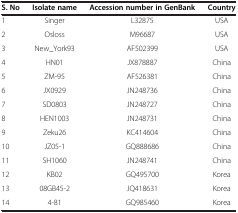
<table><thead><tr><td><b>S. No</b></td><td><b>Isolate name</b></td><td><b>Accession number in GenBank</b></td><td><b>Country</b></td></tr></thead><tbody><tr><td>1</td><td>Singer</td><td>L32875</td><td>USA</td></tr><tr><td>2</td><td>Osloss</td><td>M96687</td><td>USA</td></tr><tr><td>3</td><td>New_York93</td><td>AF502399</td><td>USA</td></tr><tr><td>4</td><td>HN01</td><td>JX878887</td><td>China</td></tr><tr><td>5</td><td>ZM-95</td><td>AF526381</td><td>China</td></tr><tr><td>6</td><td>JX0929</td><td>JN248736</td><td>China</td></tr><tr><td>7</td><td>SD0803</td><td>JN248727</td><td>China</td></tr><tr><td>8</td><td>HEN1003</td><td>JN248731</td><td>China</td></tr><tr><td>9</td><td>Zeku26</td><td>KC414604</td><td>China</td></tr><tr><td>10</td><td>JZ05-1</td><td>GQ888686</td><td>China</td></tr><tr><td>11</td><td>SH1060</td><td>JN248741</td><td>China</td></tr><tr><td>12</td><td>KB02</td><td>GQ495700</td><td>Korea</td></tr><tr><td>13</td><td>08GB45-2</td><td>JQ418631</td><td>Korea</td></tr><tr><td>14</td><td>4-81</td><td>GQ985460</td><td>Korea</td></tr></tbody></table>